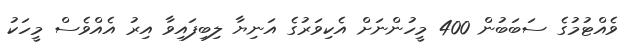
ވެއްޓުމުގެ ސަބަބުން 400 މީހުންނަށް އެކިވަރުގެ އަނިޔާ ލިބިފައިވާ އިރު އެއްވެސް މީހަކު